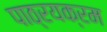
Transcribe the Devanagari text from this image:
पाठ्रयक्रम